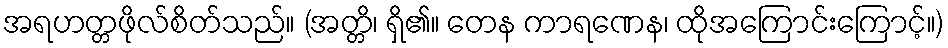
အရဟတ္တဖိုလ်စိတ်သည်။ (အတ္တိ၊ ရှိ၏။ တေန ကာရဏေန၊ ထိုအကြောင်းကြောင့်။)